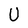
Character: U